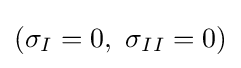
({{\sigma }_{I}}=0,\ {{\sigma }_{II}}=0)